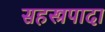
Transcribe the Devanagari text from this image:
सहस्त्रपादा